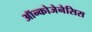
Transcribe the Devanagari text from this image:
ऑन्कोजेनेसिस